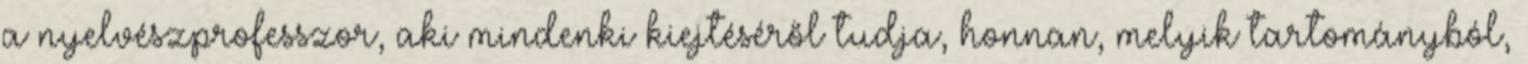
a nyelvészprofesszor, aki mindenki kiejtéséről tudja, honnan, melyik tartományból,